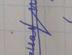
Signature authenticity: forged